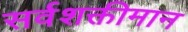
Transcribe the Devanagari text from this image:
सर्वशक्तीमान